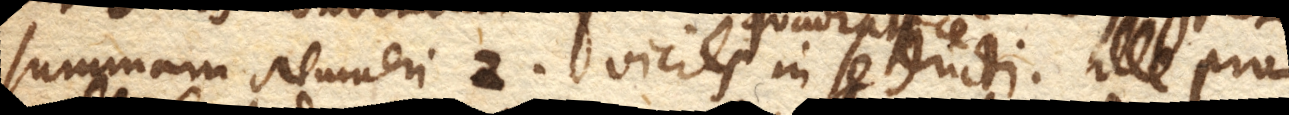
summam Numeri 2. vicies quadratice in se ducti. Ille pro–